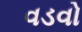
વડવો